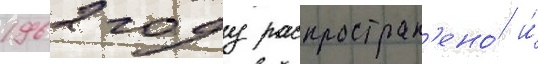
1962 году распростран'ено́ и́